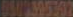
0500305302